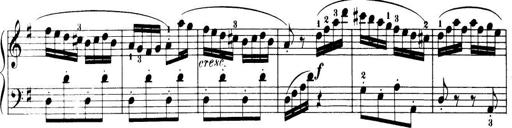
Title: 32 Sonatinas and Rondos for the Piano
Composer: Richard Kleinmichel